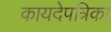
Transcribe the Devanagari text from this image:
कायदेपत्रिका